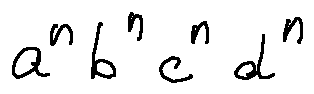
a ^ { n } b ^ { n } c ^ { n } d ^ { n }